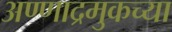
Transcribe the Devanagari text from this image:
अण्णाद्रमुकच्या